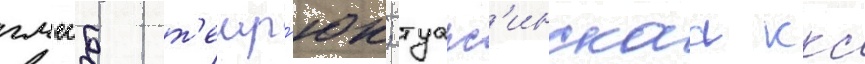
гмссб т'емр'юк; туапс'инскаа ккс